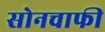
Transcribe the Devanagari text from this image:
सोनचाफी